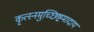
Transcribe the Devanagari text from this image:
कृत्स्नमुच्छिष्टमादाय